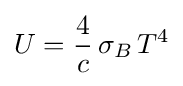
U={\frac {4}{c}}\,\sigma _{B}\,T^{4}